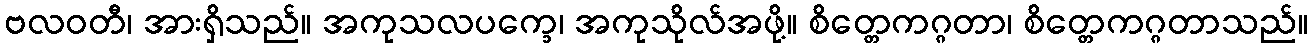
ဗလဝတီ၊ အားရှိသည်။ အကုသလပက္ခေ၊ အကုသိုလ်အဖို့။ စိတ္တေကဂ္ဂတာ၊ စိတ္တေကဂ္ဂတာသည်။